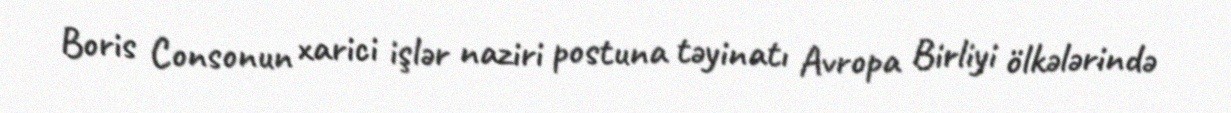
Boris Consonun xarici işlər naziri postuna təyinatı Avropa Birliyi ölkələrində